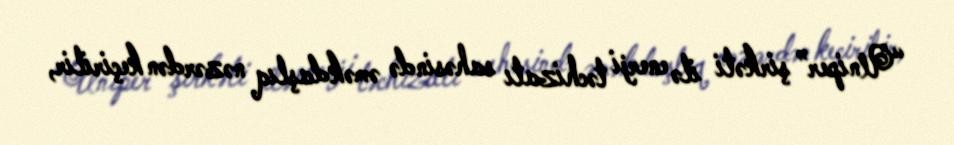
“Uniper” şirkəti ilə enerji təchizatı sahəsində əməkdaşlıq nəzərdən keçirilir,